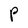
Character: P